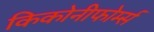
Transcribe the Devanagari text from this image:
किकोनीफोर्म्स